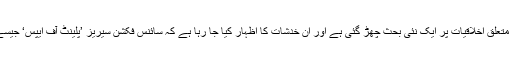
تاہم بائیو میڈیکل کی اس ریسرچ سے طب سے متعلق اخلاقیات پر ایک نئی بحث چھڑ گئی ہے اور ان خدشات کا اظہار کیا جا رہا ہے کہ سائنس فکشن سیریز ’پلینٹ آف ایپس‘ جیسے کردار پیدا کرنے کی کوشش کی جا رہی ہے۔